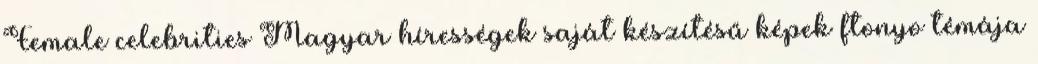
Female celebrities Magyar hírességek saját készítésű képek ftonyo témája